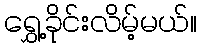
ရွှေ့ခိုင်းလိမ့်မယ်။